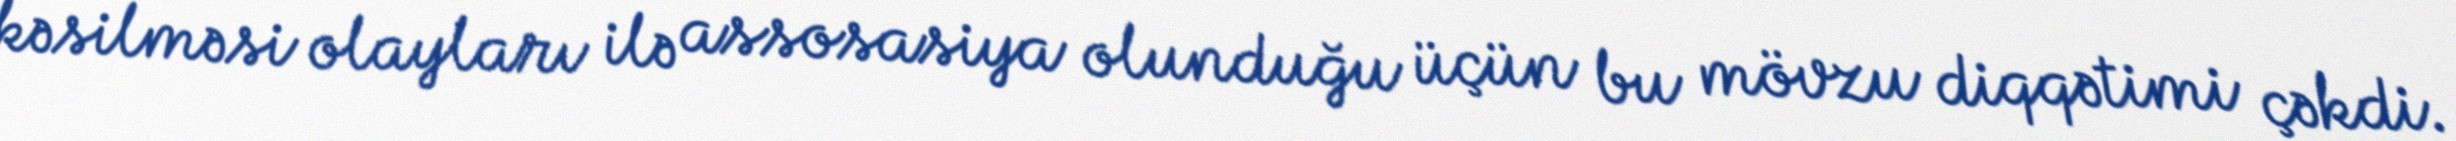
kəsilməsi olayları ilə assosasiya olunduğu üçün bu mövzu diqqətimi çəkdi.